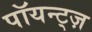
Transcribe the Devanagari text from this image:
पॉयन्ट्ज़